Lunatic asylums Burma 1922-24 - 1922-1924
Year: 1922
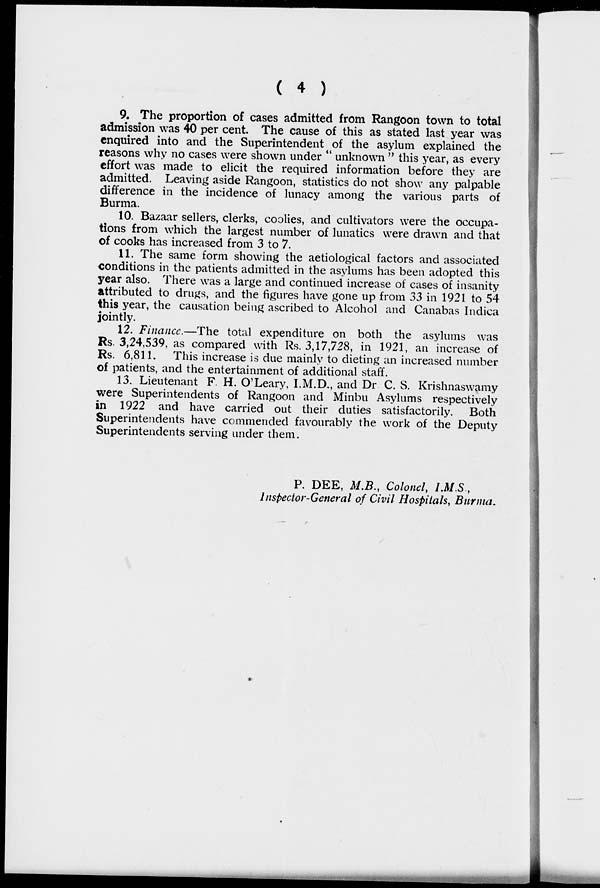
( 4 )
9. The proportion of cases admitted from Rangoon town to total
admission was 40 per cent. The cause of this as stated last year was
enquired into and the Superintendent of the asylum explained the
reasons why no cases were shown under " unknown " this year, as every
effort was made to elicit the required information before they are
admitted. Leaving aside Rangoon, statistics do not show any palpable
difference in the incidence of lunacy among the various parts of
Burma.
10. Bazaar sellers, clerks, coolies, and cultivators were the occupa-
tions from which the largest number of lunatics were drawn and that
of cooks has increased from 3 to 7.
11. The same form showing the aetiological factors and associated
conditions in the patients admitted in the asylums has been adopted this
year also. There was a large and continued increase of cases of insanity
attributed to drugs, and the figures have gone up from 33 in 1921 to 54
this year, the causation being ascribed to Alcohol and Canabas Indica
jointly.
12. Finance.—The total expenditure on both the asylums was
Rs. 3,24,539, as compared with Rs. 3,17,728, in 1921, an increase of
Rs. 6,811. This increase is due mainly to dieting an increased number
of patients, and the entertainment of additional staff.
13. Lieutenant F. H. O'Leary, I.M.D., and Dr.C. S. Krishnaswamy
were Superintendents of Rangoon and Minbu Asylums respectively
in 1922 and have carried out their duties satisfactorily.
Both
Superintendents have commended favourably the work of the Deputy
Superintendents serving under them.
P. DEE, M.B., Colonel, I.M.S.,
Inspector-General of Civil Hospitals, Burma.